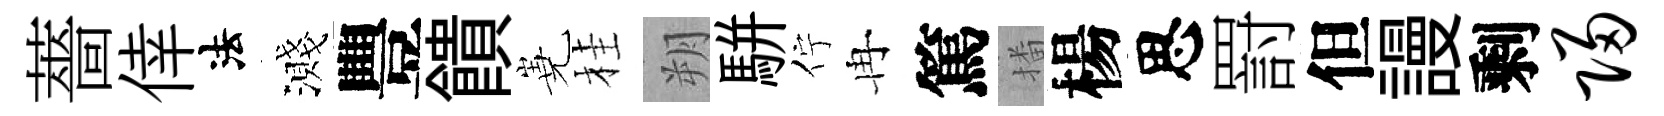
薔倖法濺豐饋嶤桂朔駢佇冉篤播楊思罸但謾剩归